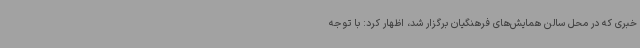
خبری که در محل سالن همایش‌های فرهنگیان برگزار شد، اظهار کرد: با توجه